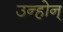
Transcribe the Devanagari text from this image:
उन्होन्